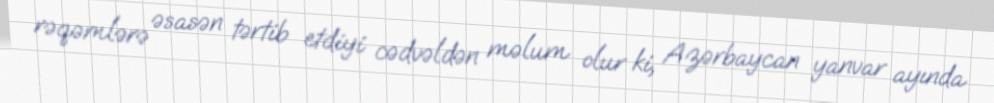
rəqəmlərə əsasən tərtib etdiyi cədvəldən məlum olur ki, Azərbaycan yanvar ayında